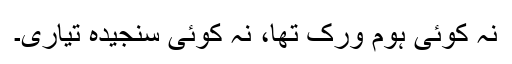
نہ کوئی ہوم ورک تھا، نہ کوئی سنجیدہ تیاری۔